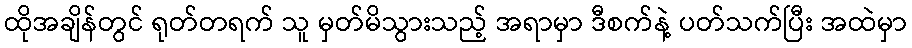
ထိုအချိန်တွင် ရုတ်တရက် သူ မှတ်မိသွားသည့် အရာမှာ ဒီစက်နဲ့ ပတ်သက်ပြီး အထဲမှာ